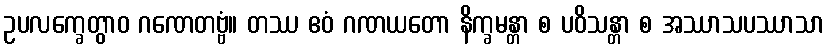
ဥပလက္ခေတွာဝ ဂဏေတဗ္ဗံ။ တဿ ဧဝံ ဂဏယတော နိက္ခမန္တာ စ ပဝိသန္တာ စ အဿာသပဿာသာ